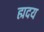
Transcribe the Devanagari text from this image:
ह्मदय